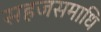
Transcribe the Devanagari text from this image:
सहजसमाधि